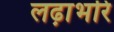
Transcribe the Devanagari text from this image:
लढ़ाभरि